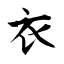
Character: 衣